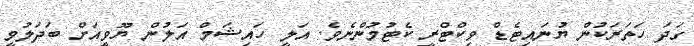
ގަދަ ހަތަރަކުން ޔުނައިޓެޑް ވިކްޓްރީ ކެޓުމުންނެވެ. އަލީ ހައިޝަމް އަލުން ޔޫވިީއަށް ބަދަލުވީ